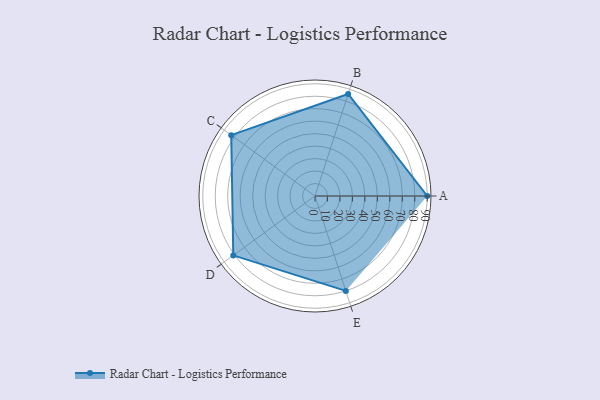
{"axis": {"x": "Skill", "y": "Score"}, "legend": ["Profile"], "data": [{"x": "A", "y": 90.0, "type": "Profile"}, {"x": "B", "y": 86.0, "type": "Profile"}, {"x": "C", "y": 83.0, "type": "Profile"}, {"x": "D", "y": 81.0, "type": "Profile"}, {"x": "E", "y": 80.0, "type": "Profile"}]}